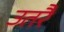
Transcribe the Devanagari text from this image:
उतरैं